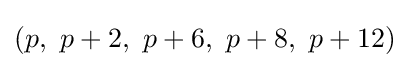
(p,\ p+2,\ p+6,\ p+8,\ p+12)